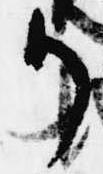
御